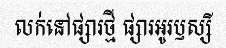
លក់នៅផ្សារថ្មី ផ្សារអូរឫស្សី